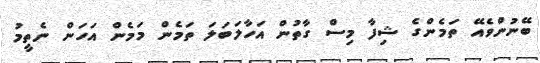
ބޭނުންވެއޭ ތަމެންގެ ޝިފާ މިސް ގާތުން އަހާލަބަލަ ތަމެން މަމެން އަހަން ނެތީމު